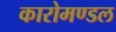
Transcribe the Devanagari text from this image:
कारोमण्डल